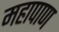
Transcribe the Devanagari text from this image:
महापाण